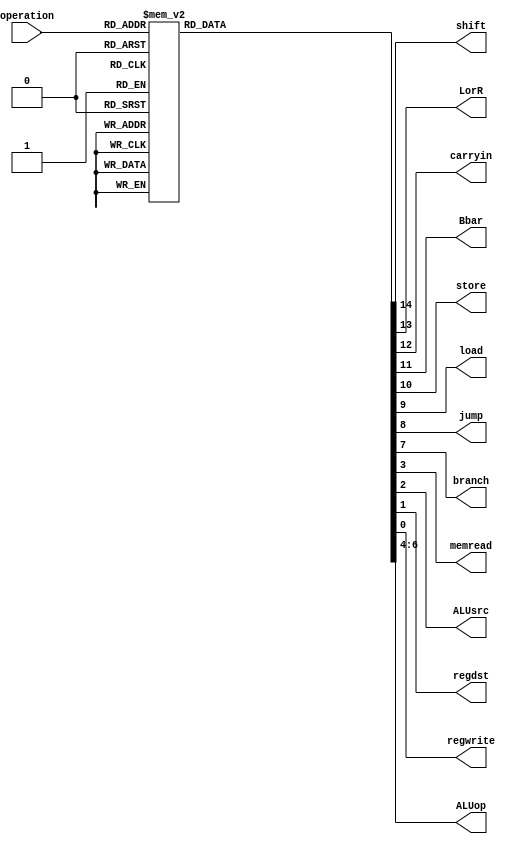
module control_unit(input [3:0] operation,
                    output shift, LorR, carryin, Bbar, store, load, jump, branch, memread, ALUsrc, regdst, regwrite,
                    output [2:0] ALUop				  
    );
	 always @(*)  
 begin 
 case(operation)
 4'b0000: begin //add
 regwrite = 1'b1;
 regdst = 1'b0;
 ALUsrc = 1'b0;
 memread = 1'b0;
 ALUop = 3'b100;
 branch = 1'b0;
 jump = 1'b0;
 load = 1'b0;
 store = 1'b0;
 Bbar = 1'b1;
 carryin = 1'b0;
 LorR = 1'b0;
 shift = 1'b0;
 end
 4'b0001: begin //sub
 regwrite = 1'b1;
 regdst = 1'b0;
 ALUsrc = 1'b0;
 memread = 1'b0;
 ALUop = 3'b100;
 branch = 1'b0;
 jump = 1'b0;
 load = 1'b0;
 store = 1'b0;
 Bbar = 1'b0;
 carryin = 1'b1;
 LorR = 1'b0;
 shift = 1'b0;
 end
 4'b0010: begin //and
 regwrite = 1'b1;
 regdst = 1'b0;
 ALUsrc = 1'b0;
 memread = 1'b0;
 ALUop = 3'b000;
 branch = 1'b0;
 jump = 1'b0;
 load = 1'b0;
 store = 1'b0;
 Bbar = 1'b1;
 carryin = 1'b0;
 LorR = 1'b0;
 shift = 1'b0;
 end
 4'b0011: begin //or
 regwrite = 1'b1;
 regdst = 1'b0;
 ALUsrc = 1'b0;
 memread = 1'b0;
 ALUop = 3'b001;
 branch = 1'b0;
 jump = 1'b0;
 load = 1'b0;
 store = 1'b0;
 Bbar = 1'b1;
 carryin = 1'b0;
 LorR = 1'b0;
 shift = 1'b0;
 end
 4'b0100: begin //nor
 regwrite = 1'b1;
 regdst = 1'b0;
 ALUsrc = 1'b0;
 memread = 1'b0;
 ALUop = 3'b010;
 branch = 1'b0;
 jump = 1'b0;
 load = 1'b0;
 store = 1'b0;
 Bbar = 1'b1;
 carryin = 1'b0;
 LorR = 1'b0;
 shift = 1'b0;
 end
 4'b0101: begin //lw
 regwrite = 1'b1;
 regdst = 1'b1;
 ALUsrc = 1'b1;
 memread = 1'b1;
 ALUop = 3'b000;
 branch = 1'b0;
 jump = 1'b0;
 load = 1'b1;
 store = 1'b0;
 Bbar = 1'b0;
 carryin = 1'b0;
 LorR = 1'b0;
 shift = 1'b0;
 end
 4'b0110: begin //sw
 regwrite = 1'b0;
 regdst = 1'b1;
 ALUsrc = 1'b1;
 memread = 1'b1;
 ALUop = 3'b000;
 branch = 1'b0;
 jump = 1'b0;
 load = 1'b0;
 store = 1'b1;
 Bbar = 1'b0;
 carryin = 1'b0;
 LorR = 1'b0;
 shift = 1'b0;
 end
 4'b0111: begin //beq
 regwrite = 1'b0;
 regdst = 1'b0;
 ALUsrc = 1'b0;
 memread = 1'b0;
 ALUop = 3'b000;
 branch = 1'b1;
 jump = 1'b0;
 load = 1'b0;
 store = 1'b0;
 Bbar = 1'b0;
 carryin = 1'b1;
 LorR = 1'b0;
 shift = 1'b0;
 end
 4'b0011: begin //addi
 regwrite = 1'b1;
 regdst = 1'b1;
 ALUsrc = 1'b1;
 memread = 1'b0;
 ALUop = 3'b100;
 branch = 1'b0;
 jump = 1'b0;
 load = 1'b0;
 store = 1'b0;
 Bbar = 1'b1;
 carryin = 1'b0;
 LorR = 1'b0;
 shift = 1'b0;
 end
 4'b1010: begin //andi
 regwrite = 1'b1;
 regdst = 1'b1;
 ALUsrc = 1'b1;
 memread = 1'b0;
 ALUop = 3'b000;
 branch = 1'b0;
 jump = 1'b0;
 load = 1'b0;
 store = 1'b0;
 Bbar = 1'b1;
 carryin = 1'b0;
 LorR = 1'b0;
 shift = 1'b0;
 end
 4'b1011: begin //ori
 regwrite = 1'b1;
 regdst = 1'b1;
 ALUsrc = 1'b1;
 memread = 1'b0;
 ALUop = 3'b001;
 branch = 1'b0;
 jump = 1'b0;
 load = 1'b0;
 store = 1'b0;
 Bbar = 1'b1;
 carryin = 1'b0;
 LorR = 1'b0;
 shift = 1'b0;
 end
 4'b1100: begin //sll
 regwrite = 1'b1;
 regdst = 1'b1;
 ALUsrc = 1'b0;
 memread = 1'b0;
 ALUop = 3'b000;
 branch = 1'b0;
 jump = 1'b0;
 load = 1'b0;
 store = 1'b0;
 Bbar = 1'b0;
 carryin = 1'b0;
 LorR = 1'b0;
 shift = 1'b1;
 end
 4'b11011: begin //srl
 regwrite = 1'b1;
 regdst = 1'b1;
 ALUsrc = 1'b0;
 memread = 1'b0;
 ALUop = 3'b000;
 branch = 1'b0;
 jump = 1'b0;
 load = 1'b0;
 store = 1'b0;
 Bbar = 1'b0;
 carryin = 1'b0;
 LorR = 1'b1;
 shift = 1'b1;
 end
 4'b0011: begin //xor
 regwrite = 1'b1;
 regdst = 1'b0;
 ALUsrc = 1'b0;
 memread = 1'b0;
 ALUop = 3'b011;
 branch = 1'b0;
 jump = 1'b0;
 load = 1'b0;
 store = 1'b0;
 Bbar = 1'b1;
 carryin = 1'b0;
 LorR = 1'b0;
 shift = 1'b0;
 end
 4'b0011: begin //jump
 regwrite = 1'b0;
 regdst = 1'b0;
 ALUsrc = 1'b0;
 memread = 1'b0;
 ALUop = 3'b000;
 branch = 1'b0;
 jump = 1'b1;
 load = 1'b0;
 store = 1'b0;
 Bbar = 1'b0;
 carryin = 1'b0;
 LorR = 1'b0;
 shift = 1'b0;
 end
 default: begin
 regwrite = 1'b1;
 regdst = 1'b0;
 ALUsrc = 1'b0;
 memread = 1'b0;
 ALUop = 3'b100;
 branch = 1'b0;
 jump = 1'b0;
 load = 1'b0;
 store = 1'b0;
 Bbar = 1'b1;
 carryin = 1'b0;
 LorR = 1'b0;
 shift = 1'b0;
 end
 endcase
 end
endmodule